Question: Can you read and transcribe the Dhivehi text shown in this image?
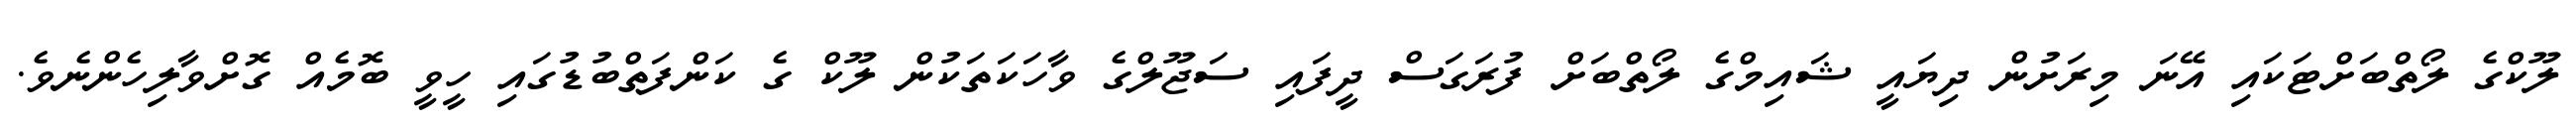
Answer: ލޫކްގެ ލޯތްބަށްޓަކައި އޭނަ މިރަށުން ދިޔައީ ޝައިމްގެ ލޯތްބަށް ފުރަގަސް ދީފައި ސަޖޫލްގެ ވާހަކަތަކުން ލޫކް ގެ ކަންފަތްބުޑުގައި ހީވީ ބޮމެއް ގޮށްވާލިހެންނެވެ.